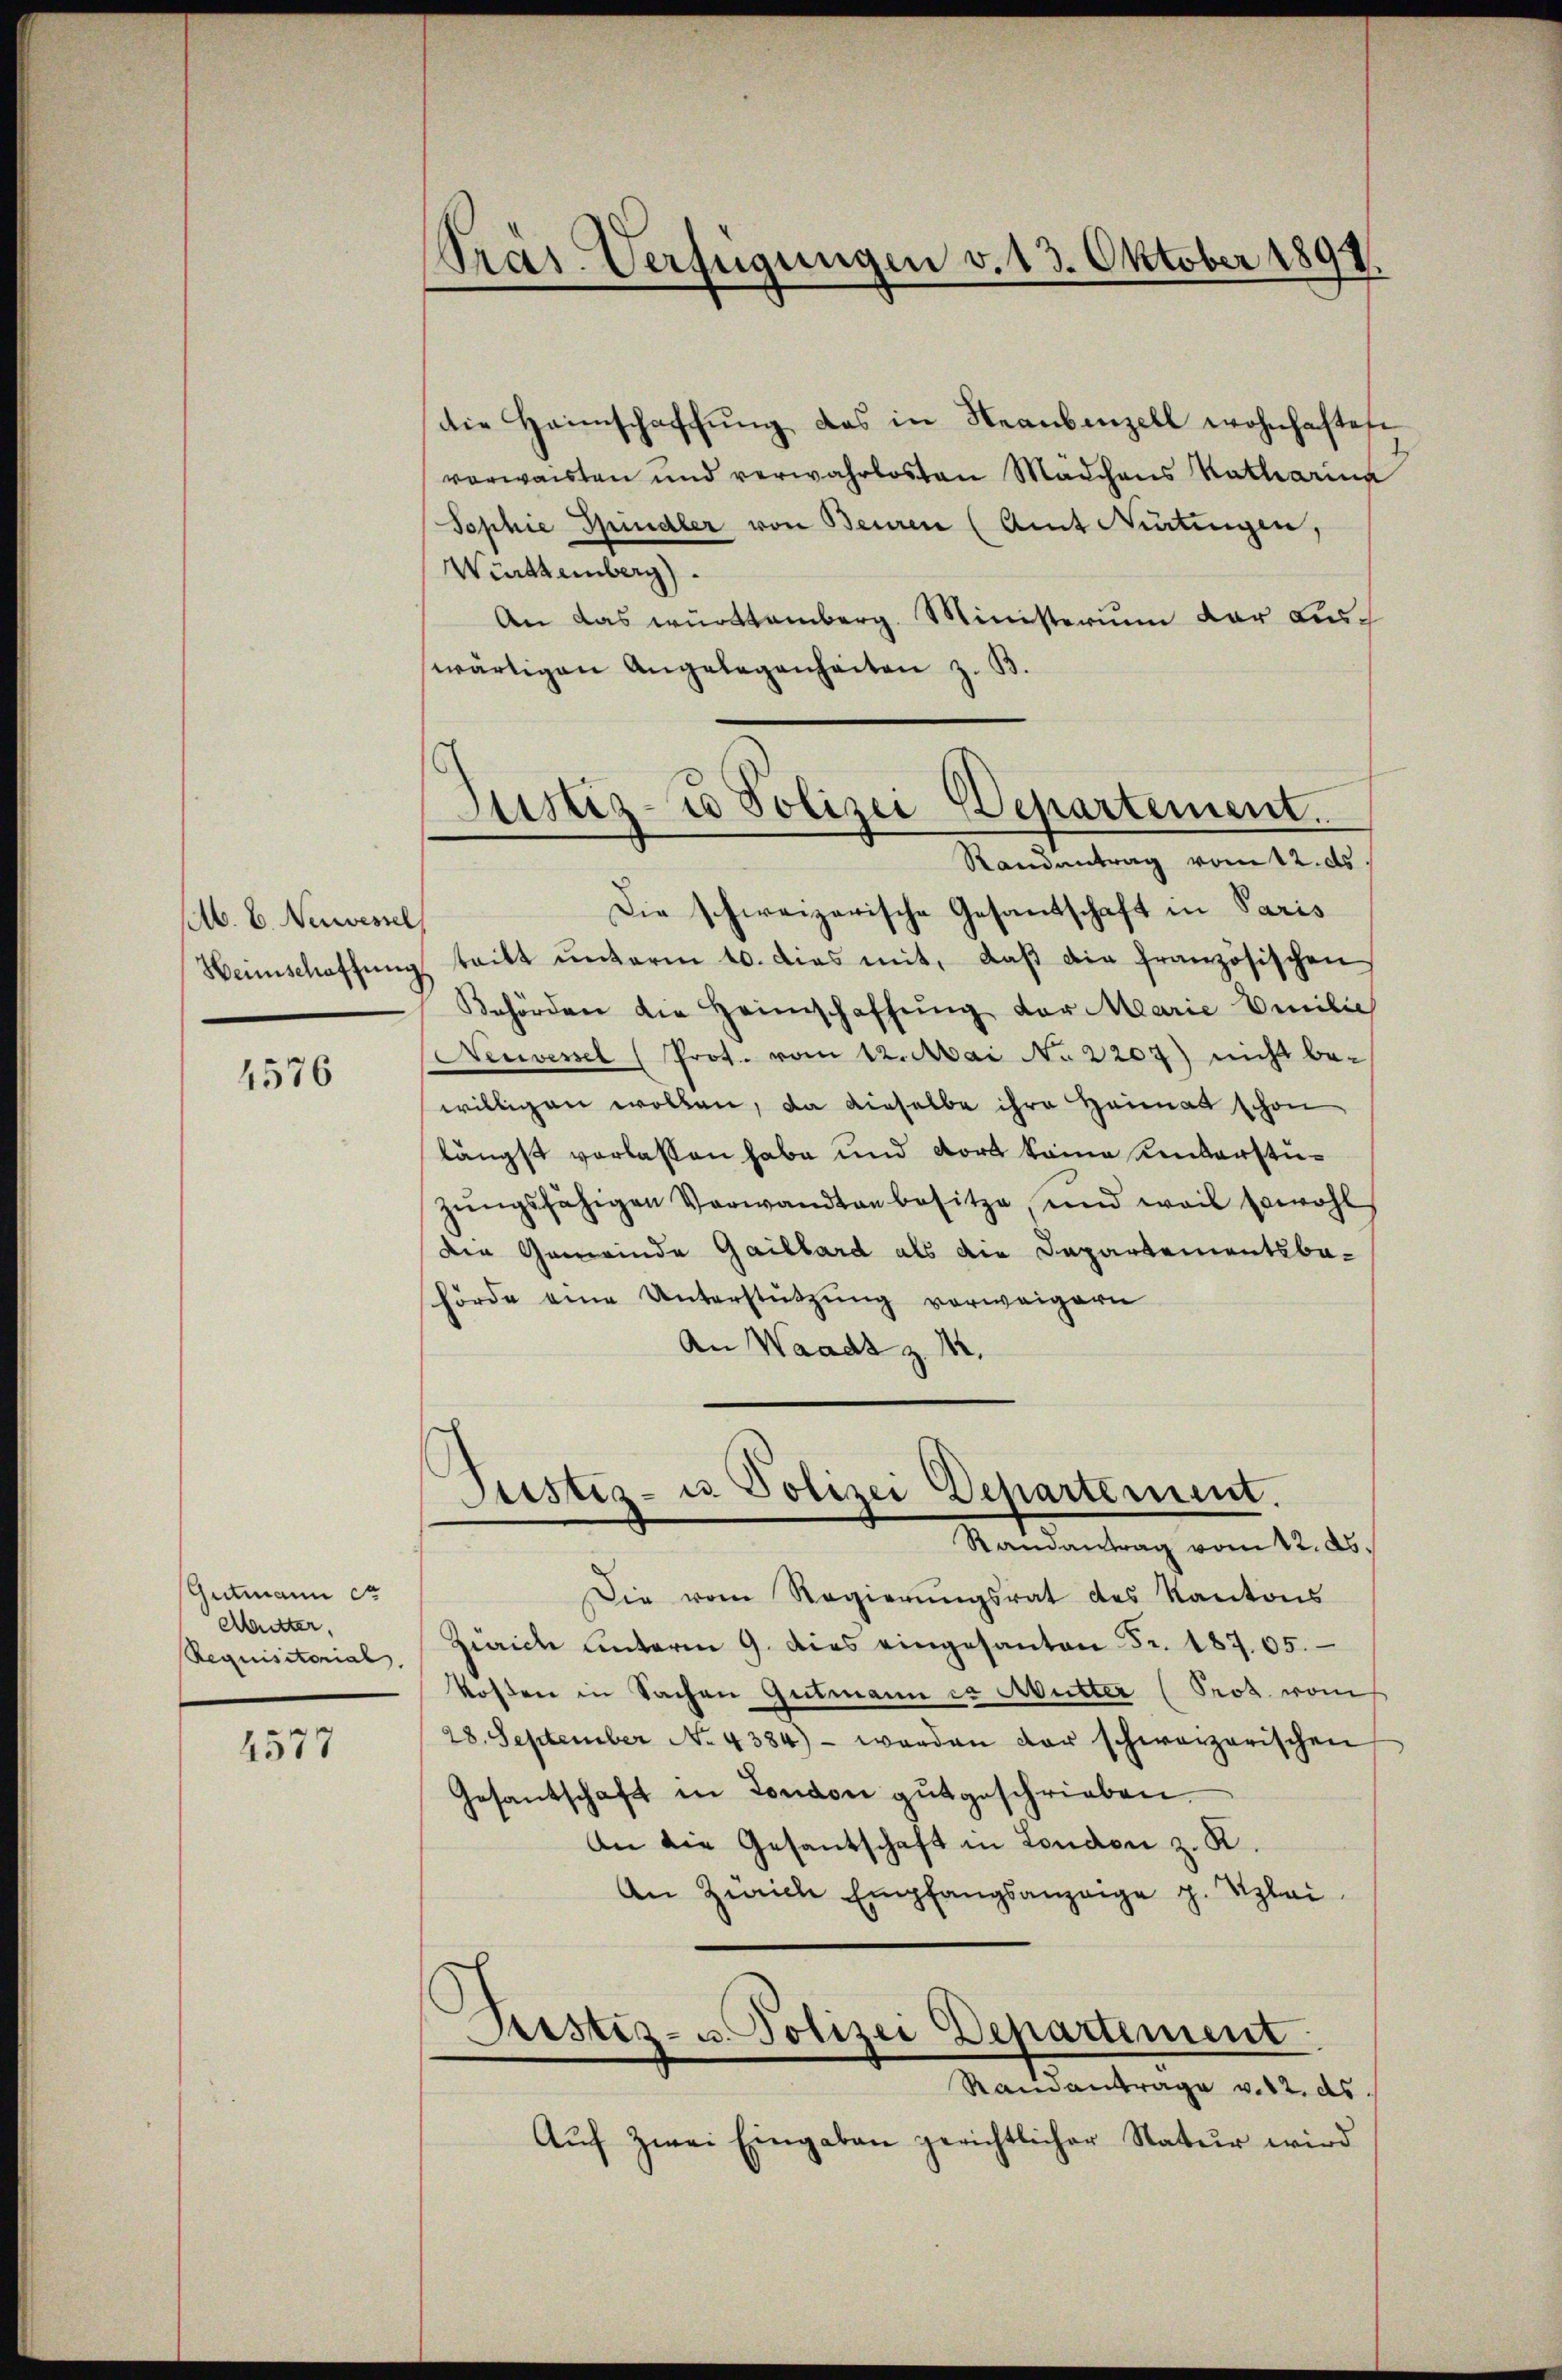
M. E. Neuvessel
Heimschaffung

1576

Gutmann et
Mutter,
Requisitorial.

4577

Präs. Verfügungen v. 13. Oktober 1897.

Justiz- u Polizei Departement.
Randantrag vom 12. ds.

die Heimschaffŭng das in Neaubenzell wohnhaften
verwaisten und verwahrlosten Mädchens Katharina
Sophie Spindler von Beuren (Amt Nietingen,
Württemberg)
An das württemberg. Ministerium der auch
wärtigen Angelegenheiten z. B.
Die schweizerische Gesantschaft in Paris
teilt ŭnterm 10. dies mit, daβ die französischen
Behörden die Heimschaffŭng der Marie Emilie
Neuvessel (Prot. vom 12. Mai No 2207) nicht be-
willigen wollen, da dieselbe ihre Heimat schon
längst verlassen habe und dort keine Kinderstüzŭngsfähigen Verwandten besitze, und weil sowohl
der Gemeinde Gaillard als die Departementsbahörde eine Unterstützung vorweigern
An Waadt z. M.

Justiz- u Polizei Departement.
Randantrag vom 12. ds.

Die vom Regierungsrat des Kantons
Zürich unterm 9. dies eingesanten Fr. 18705.
kosten in Sachen Gutmann es Mutter (Prot. vom
28. September No. 4384) - werden der schwarzerischen
Gesantschaft in London gŭt geschrieben.
An die Gesantschaft in London z. R.
An Zürich Empfangsanzeige p. Klei
Ristiz- u. Polizei Departement
Randantrage v. 12. ds.
Aŭf zwei Eingaben gerichtlicher Natur wird